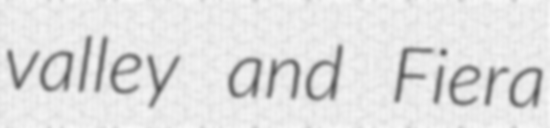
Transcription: valley and Fiera